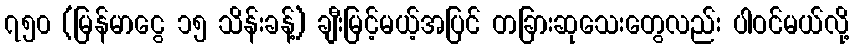
၇၅၀ (မြန်မာငွေ ၁၅ သိန်းခန့်) ချီးမြင့်မယ့်အပြင် တခြားဆုသေးတွေလည်း ပါဝင်မယ်လို့